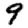
Digit: 9